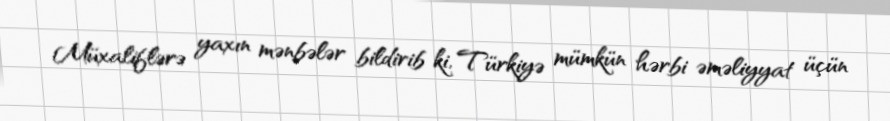
Müxaliflərə yaxın mənbələr bildirib ki, Türkiyə mümkün hərbi əməliyyat üçün